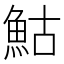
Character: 鮕